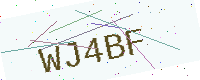
Text: WJ4BF